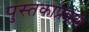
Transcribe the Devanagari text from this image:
पुस्तकाप्रमाणे